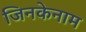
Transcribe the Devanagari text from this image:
जिनकेनाम